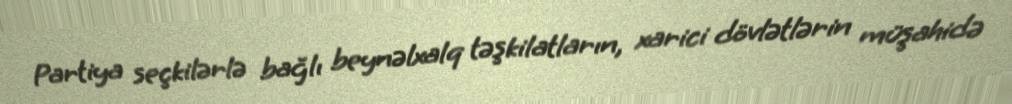
Partiya seçkilərlə bağlı beynəlxalq təşkilatların, xarici dövlətlərin müşahidə